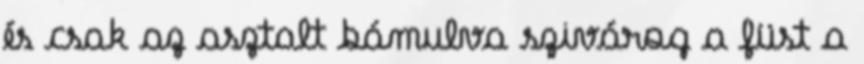
és csak az asztalt bámulva szivárog a füst a